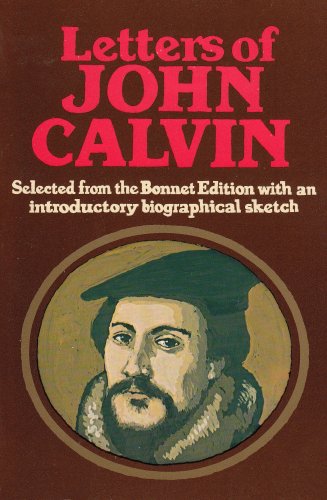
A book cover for Letters of John Calvin; John Calvin; Christian Books & Bibles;